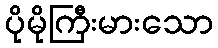
ပိုမိုကြီးမားသော